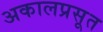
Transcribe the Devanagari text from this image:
अकालप्रसूत